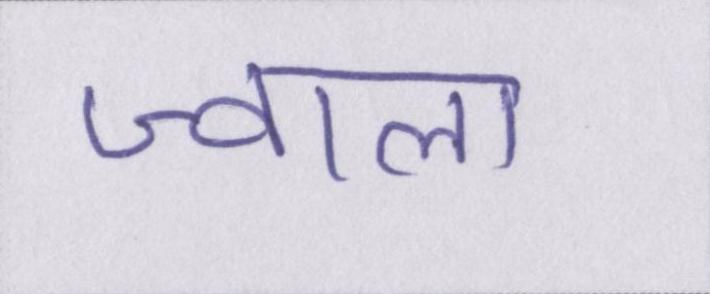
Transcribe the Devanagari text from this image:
ज्वाला